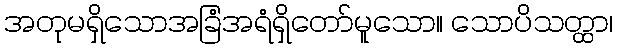
အတုမရှိသောအခြံအရံရှိတော်မူသော။ သောပိသတ္ထာ၊